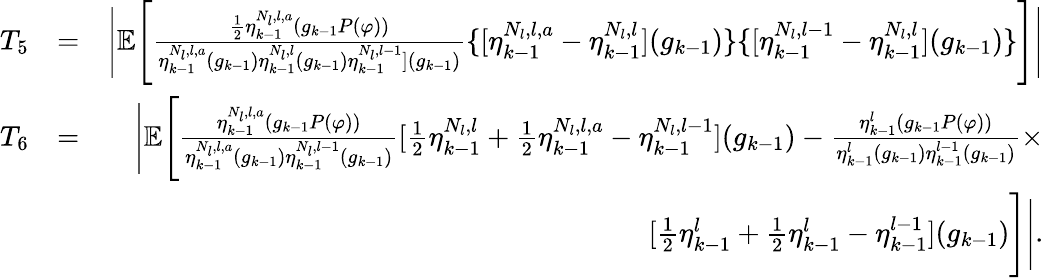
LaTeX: \begin{array}{rlr}{T_{5}}&{=}&{\Bigg|\mathbb{E}\Bigg[\frac{\frac{1}{2}\eta_{k-1}^{N_{l},l,a}(g_{k-1}P(\varphi))}{\eta_{k-1}^{N_{l},l,a}(g_{k-1})\eta_{k-1}^{N_{l},l}(g_{k-1})\eta_{k-1}^{N_{l},l-1}](g_{k-1})}\{ [\eta_{k-1}^{N_{l},l,a}-\eta_{k-1}^{N_{l},l}](g_{k-1})\} \{ [\eta_{k-1}^{N_{l},l-1}-\eta_{k-1}^{N_{l},l}](g_{k-1})\} \Bigg]\Bigg|}\\ {T_{6}}&{=}&{\Bigg|\mathbb{E}\Bigg[\frac{\eta_{k-1}^{N_{l},l,a}(g_{k-1}P(\varphi))}{\eta_{k-1}^{N_{l},l,a}(g_{k-1})\eta_{k-1}^{N_{l},l-1}(g_{k-1})}[\frac{1}{2}\eta_{k-1}^{N_{l},l}+\frac{1}{2}\eta_{k-1}^{N_{l},l,a}-\eta_{k-1}^{N_{l},l-1}](g_{k-1})-\frac{\eta_{k-1}^{l}(g_{k-1}P(\varphi))}{\eta_{k-1}^{l}(g_{k-1})\eta_{k-1}^{l-1}(g_{k-1})}\times}\\ &{}&{[\frac{1}{2}\eta_{k-1}^{l}+\frac{1}{2}\eta_{k-1}^{l}-\eta_{k-1}^{l-1}](g_{k-1})\Bigg]\Bigg|.}\end{array}